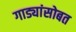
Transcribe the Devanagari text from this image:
गाड्यांसोबत